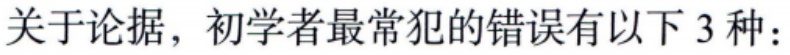
关于论据，初学者最常犯的错误有以下 3 种：